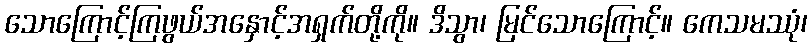
သောကြောင့်ကြဖွယ်အနှောင့်အရှက်တို့ကို။ ဒိသွာ၊ မြင်သောကြောင့်။ ကေသမဿုံ၊